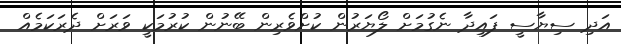
އަދި ސިޔާސީ ފައިދާ ނެގުމަށް ލޯޔަރުން ކުށްވެރިން ބޭނުން ކުރުމަކީ ވަރަށް ދެރަކަމެއް